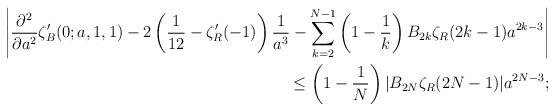
LaTeX: \begin{align*}\begin{aligned}\left |\frac{\partial^2}{\partial a^2}\zeta'_B(0;a,1,1)-2\left(\frac 1 {12} -\zeta'_R(-1)\right)\frac 1 {a^3} -\sum_{k=2}^{N-1}\left(1-\frac 1 k\right)B_{2k}\zeta_R(2k-1)a^{2k-3}\right|\\\leq \left(1-\frac 1 N\right)|B_{2N}\zeta_R(2N-1)|a^{2N-3};\end{aligned}\end{align*}